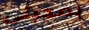
بصحبتي